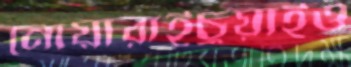
নোয়ারাইচুয়াইও